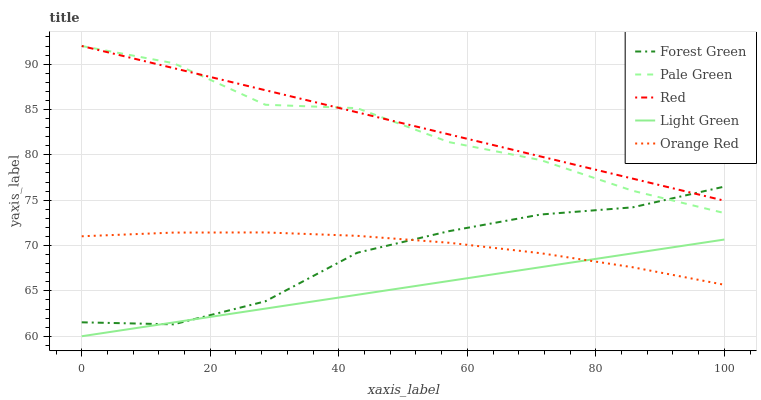
| xaxis_label | Forest Green | Pale Green | Red | Light Green | Orange Red |
 | --- | --- | --- | --- | --- | --- |
 | 0 | 61.5 | 92 | 92 | 60 | 71 |
 | 14.3 | 61.3 | 90.1 | 89.6 | 61.5 | 71.4 |
 | 28.6 | 63.9 | 85.5 | 87.1 | 63 | 71.4 |
 | 42.9 | 69.2 | 85.1 | 84.7 | 64.6 | 71.1 |
 | 57.1 | 71.6 | 81.4 | 82.3 | 66.1 | 70.3 |
 | 71.4 | 73.4 | 79.4 | 79.8 | 67.6 | 69.2 |
 | 85.7 | 74.2 | 76 | 77.4 | 69.1 | 67.6 |
 | 100 | 76.5 | 73.6 | 74.9 | 70.7 | 65.7 |